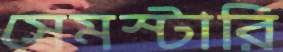
সেমস্টারি